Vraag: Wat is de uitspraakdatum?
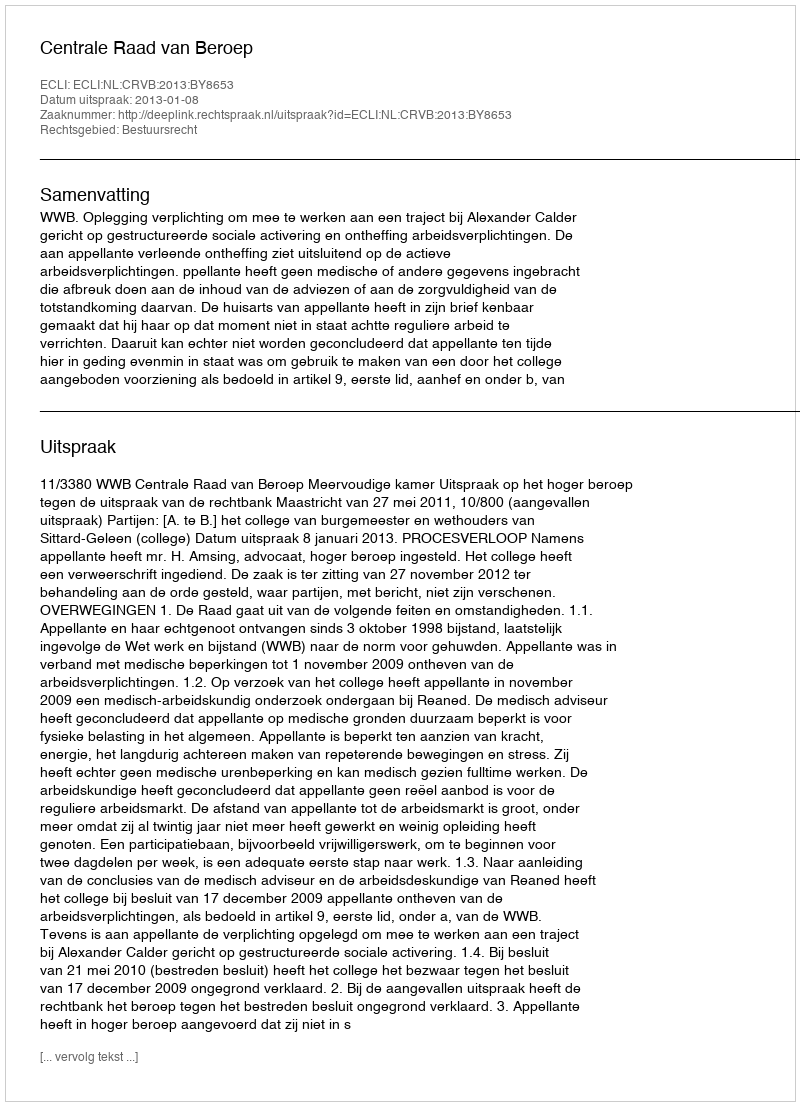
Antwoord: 2013-01-08